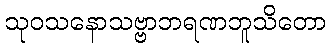
သုဝသနောသဗ္ဗာဘရဏဘူသိတော